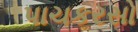
પાચકરસો